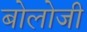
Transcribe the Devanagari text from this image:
बोलोजी